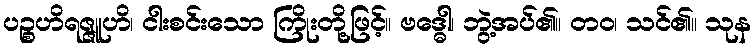
ပဉ္စဟိရဇ္ဇူဟိ၊ ငါးစင်းသော ကြိုးတို့ဖြင့်။ ဗဒ္ဓေါ၊ ဘွဲ့အပ်၏။ တဝ၊ သင်၏။ သုန